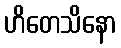
ဟိတေသိနော